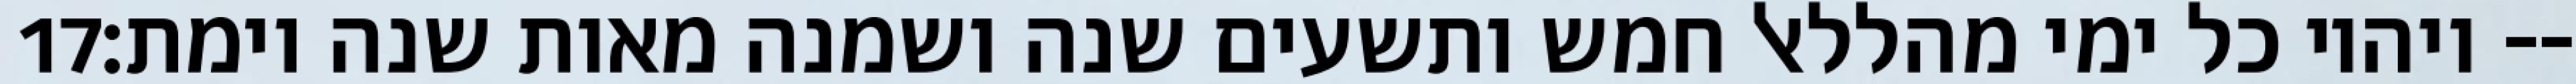
‎17‏ ויהיו כל ימי מהללאל חמש ותשעים שנה ושמנה מאות שנה וימת׃--